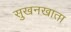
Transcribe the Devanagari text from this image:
सुखनखाता